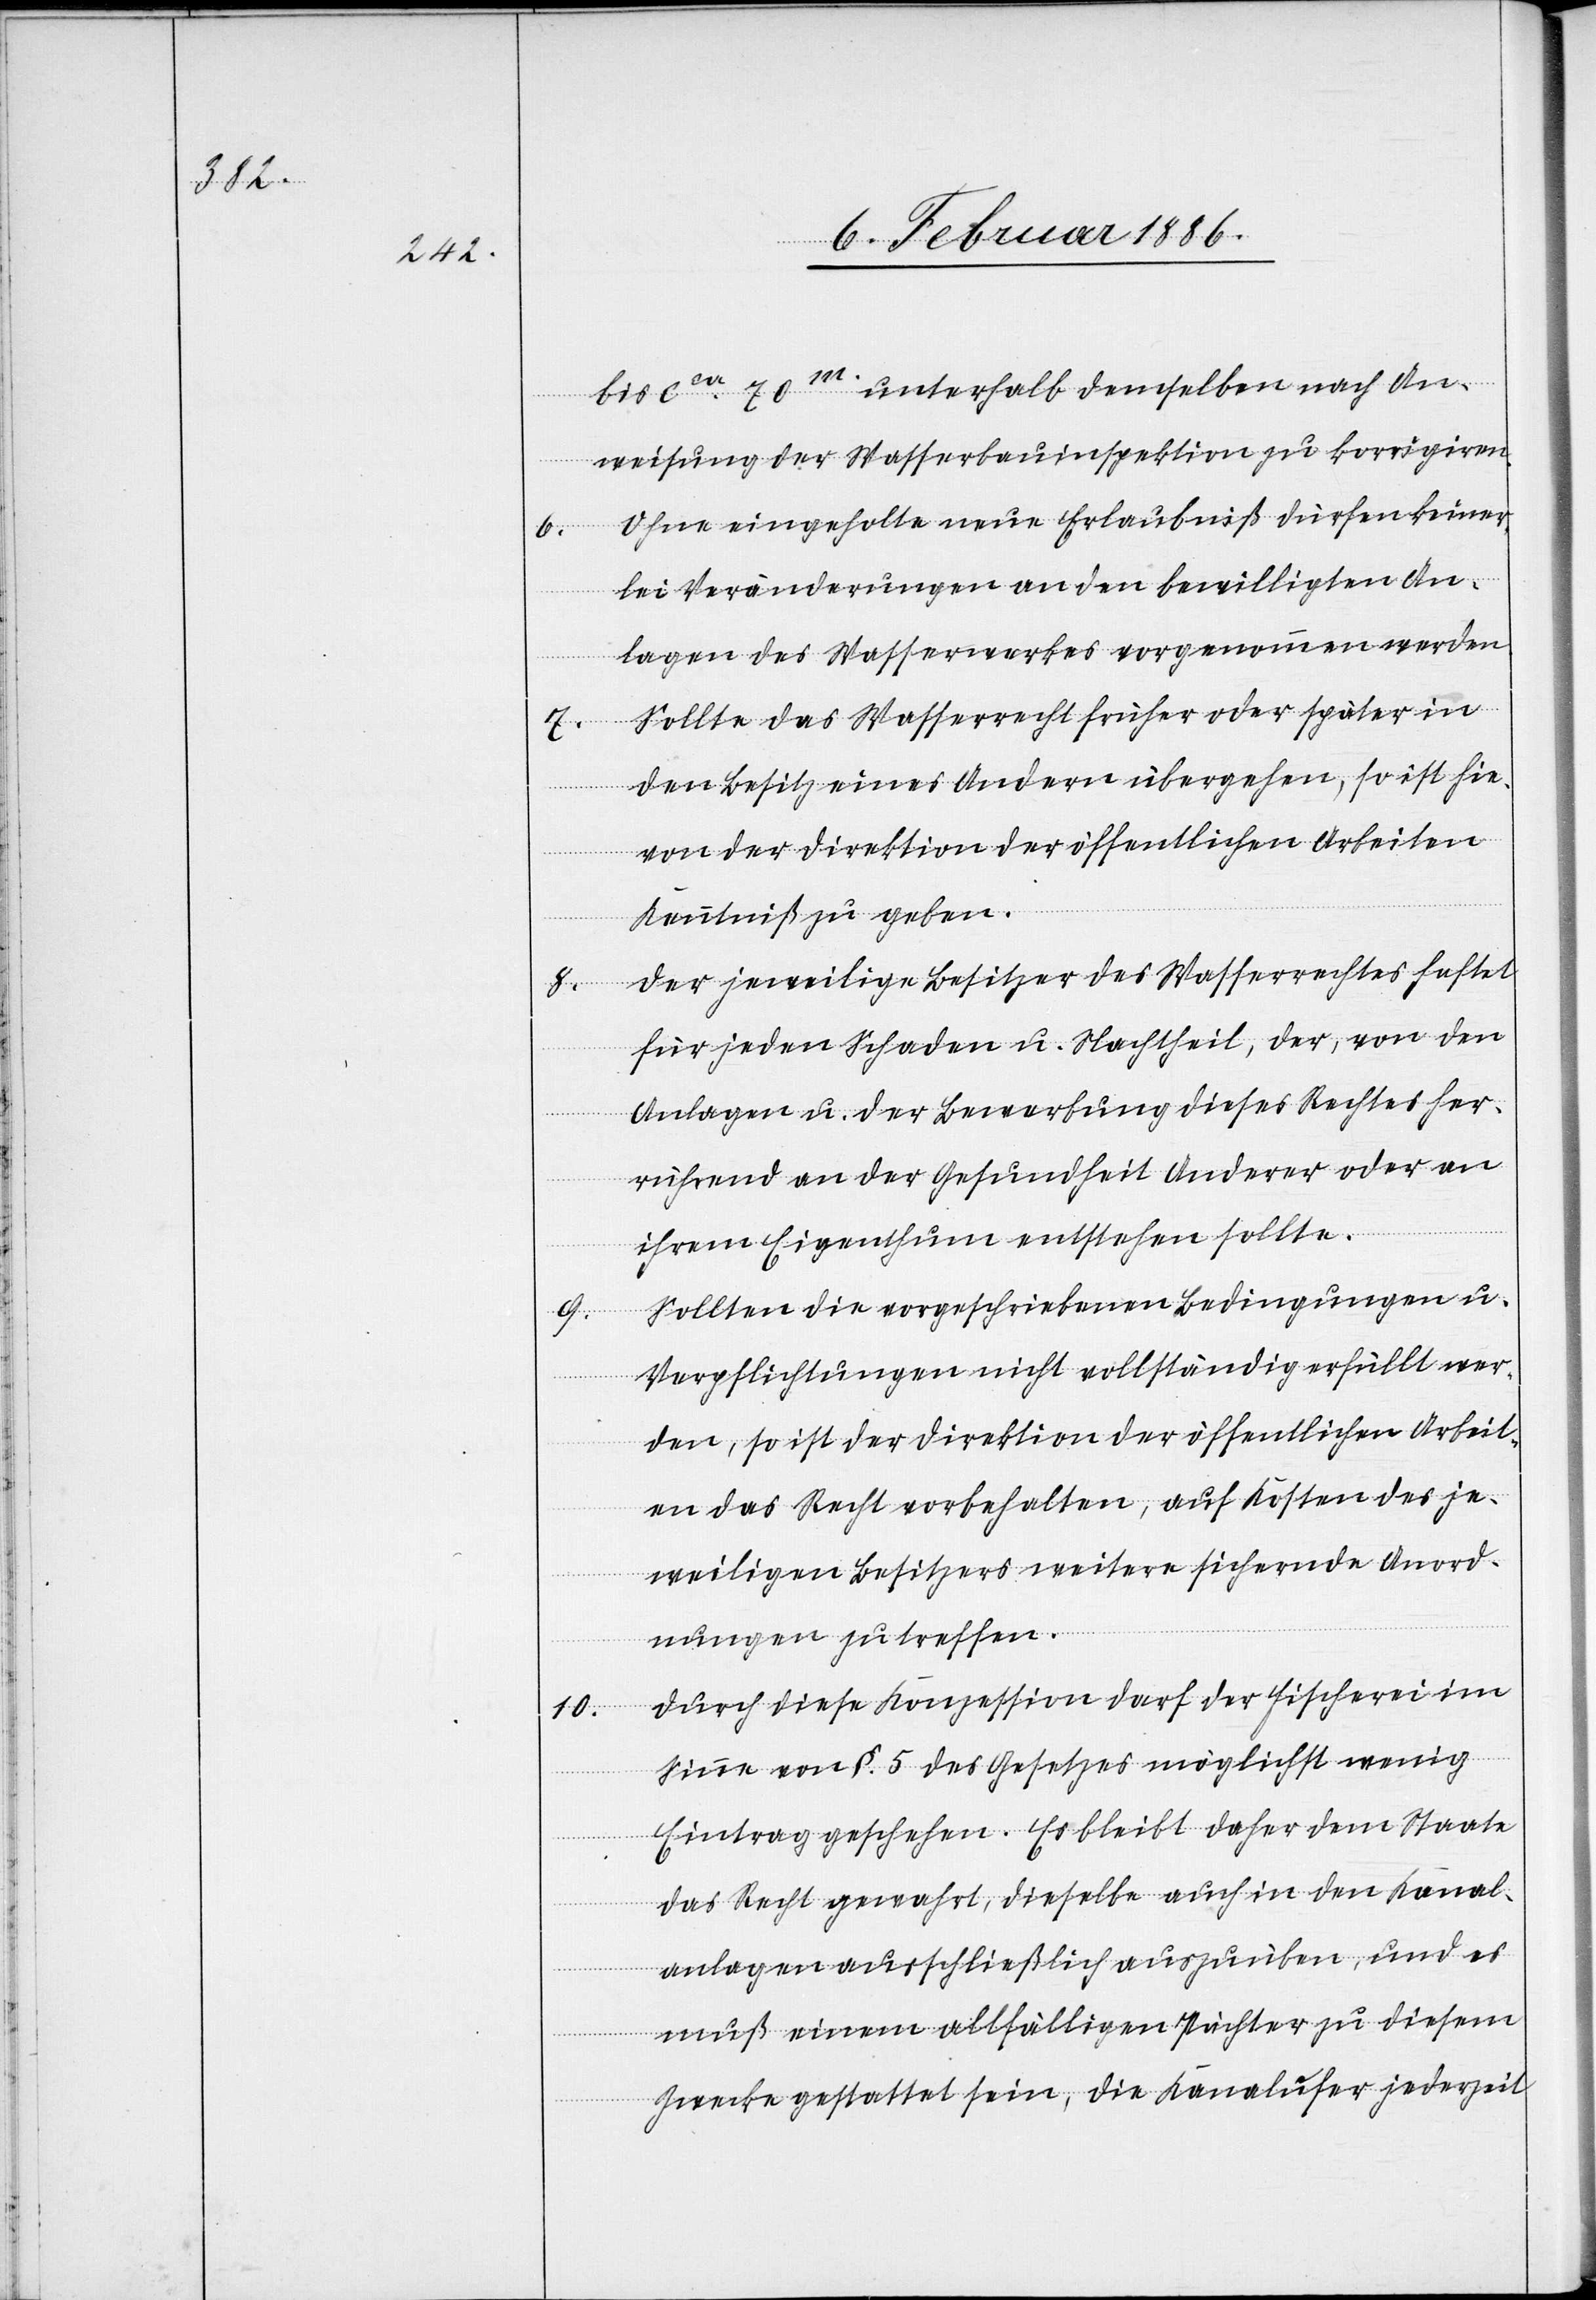
7.

10.

9.

bis cca 70m. unterhalb demselben nach An¬
weisung der Wasserbauinspektion zu korrigieren.
Ohne eingeholte neue Erlaubniß dürfen keiner¬
lei Veränderungen an den bewilligten An¬
lagen des Wasserwerkes vorgenommen werden.
Sollte das Wasserrecht früher oder später in
den Besitz eines Andern übergehen, so ist hie¬
von der Direktion der öffentlichen Arbeiten
Kenntniß zu geben.
Der jeweilige Besitzer des Wasserrechtes haftet
für jeden Schaden u. Nachtheil, der, von den
Anlagen u. der Bewerbung dieses Rechtes her¬
rührend, an der Gesundheit Anderer oder an
ihrem Eigenthum entstehen sollte.
Sollten die vorgeschriebenen Bedingungen u.
Verpflichtungen nicht vollständig erfüllt wer¬
den, so ist der Direktion der öffentlichen Arbeit¬
en das Recht vorbehalten, auf Kosten des je¬
weiligen Besitzers weitere sichernde Anord¬
nungen zu treffen.
Durch diese Konzession darf der Fischerei im
Sinne von §. 5 des Gesetzes möglichst wenig
Eintrag geschehen. Es bleibt daher dem Staate
das Recht gewahrt, dieselbe auch in den Kanal¬
anlagen ausschließlich auszuüben, und es
muß einem allfälligem Pächter zu diesem
Zwecke gestattet sein, die Kanalufer jederzeit